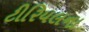
ટીરિયલના